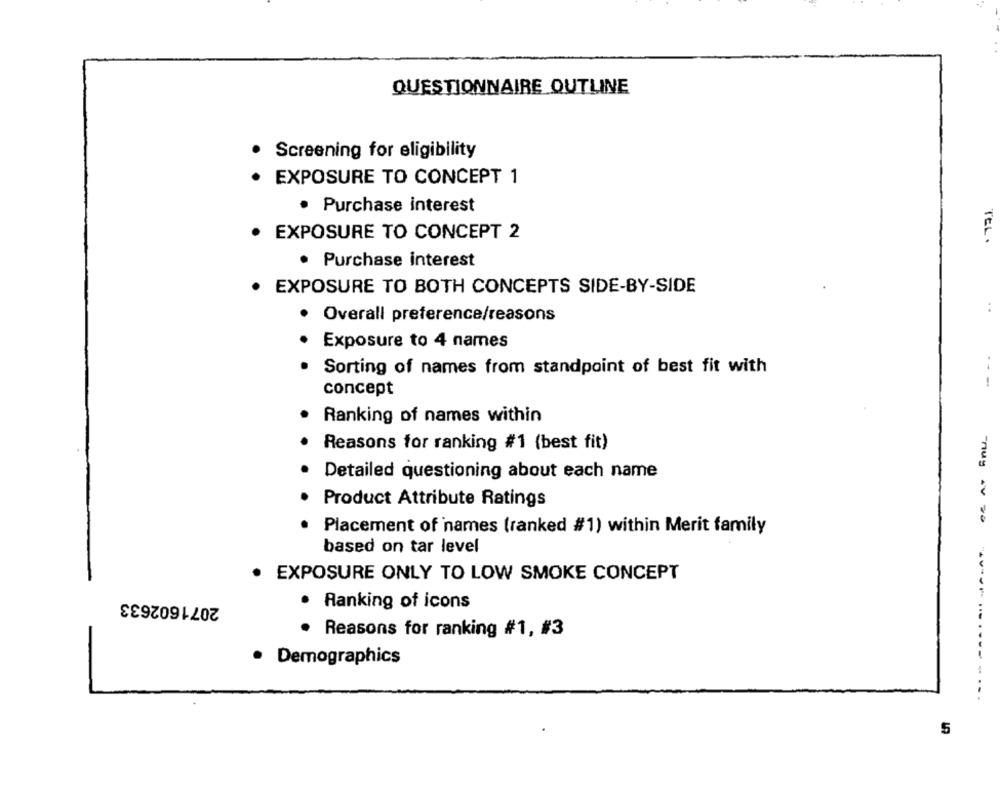
QUESTIONNAIRE OUTLINE
Screening for eligibility
· EXPOSURE TO CONCEPT 1
· Purchase interest
· EXPOSURE TO CONCEPT 2
TEL.
· Purchase interest
. EXPOSURE TO BOTH CONCEPTS SIDE-BY-SIDE
Overall preference/reasons
Exposure to 4 names
Sorting of names from standpoint of best fit with
concept
Ranking of names within
Reasons for ranking #1 (best fit)
Detailed questioning about each name
Product Attribute Ratings
Placement of names (ranked #1) within Merit family
based on tar level
. EXPOSURE ONLY TO LOW SMOKE CONCEPT
2071602633
.
Ranking of icons
Reasons for ranking #1, #3
Demographics
-.-
5